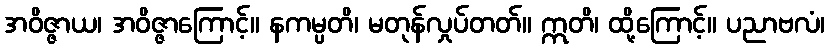
အဝိဇ္ဇာယ၊ အဝိဇ္ဇာကြောင့်။ နကမ္ပတိ၊ မတုန်လှုပ်တတ်။ ဣတိ၊ ထို့ကြောင့်။ ပညာဗလံ၊